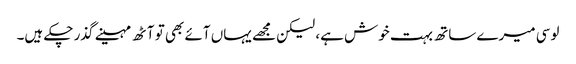
لوسی میرے ساتھ بہت خوش ہے، لیکن مجھے یہاں آئے بھی تو آٹھ مہینے گذر چکے ہیں۔